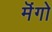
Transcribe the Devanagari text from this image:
मॆंगो